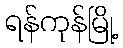
ရန်ကုန်မြို့